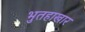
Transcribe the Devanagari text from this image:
भुतहाखार